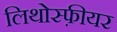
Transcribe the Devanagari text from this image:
लिथोस्फ़ीयर